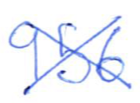
Text: 956
Cross-out: cross
Writing tool: ballpoint